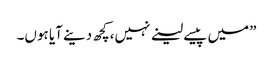
”میں پیسے لینے نہیں،کچھ دینے آیا ہوں۔